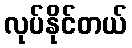
လုပ်နိုင်တယ်